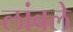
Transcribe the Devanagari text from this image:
लांबले